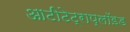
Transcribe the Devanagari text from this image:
आटीटेट्राप्लॉइड